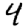
Digit: 4